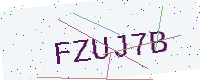
Text: FZUJ7B